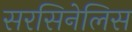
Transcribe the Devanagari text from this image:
सरसिनेलिस